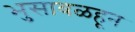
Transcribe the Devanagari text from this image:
भुसावळहून